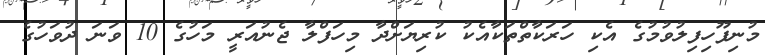
މުނިފޫހިފިލުވުމުގެ އެކި ހަރަކާތްތަކާއެކު ކުރިޔަށްދާ މިހަފްލާ ޖެނުއަރީ މަހުގެ 10 ވަނަ ދުވަހުގެ